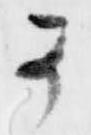
可